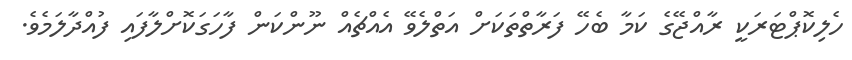
ހެލިކޮޕްޓަރަކީ ރާއްޖޭގެ ކަމާ ބެހޭ ފަރާތްތަކަށް އަތްލެވޭ އެއްޗެއް ނޫންކަން ފާހަގަކޮށްލާފައި ފުއްދާލަމެވެ.